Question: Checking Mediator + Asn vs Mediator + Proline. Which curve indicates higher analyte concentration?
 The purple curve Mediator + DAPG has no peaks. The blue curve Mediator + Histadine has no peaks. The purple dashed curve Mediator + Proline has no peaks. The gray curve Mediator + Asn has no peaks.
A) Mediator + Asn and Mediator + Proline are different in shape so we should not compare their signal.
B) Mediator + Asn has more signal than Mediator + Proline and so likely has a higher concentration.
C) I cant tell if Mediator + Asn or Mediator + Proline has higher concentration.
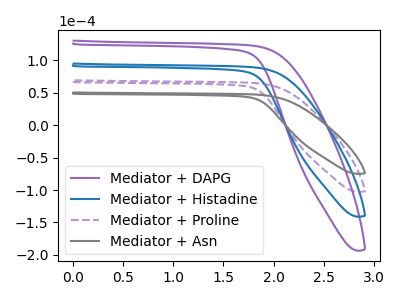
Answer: <think>Neither "Mediator + Asn" or "Mediator + Proline" have any peaks.
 </think>
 <answer>C) I cant tell if "Mediator + Asn" or "Mediator + Proline" has higher concentration.</answer>
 <eval>C</eval>